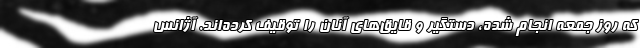
که روز جمعه انجام شده، دستگیر و قایق‌های آنان را توقیف کرده‌اند. آژانس